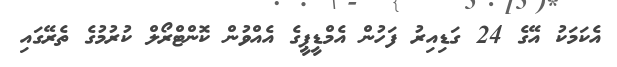
އެކަމަކު އޭގެ 24 ގަޑިއިރު ފަހުން އެމްޑީޕީގެ އެއްވުން ކޮންޓްރޯލް ކުރުމުގެ ތެރޭގައި